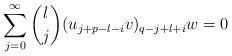
LaTeX: \begin{align*}\sum_{j=0}^{\infty}{l\choose j}(u_{j+p-l-i}v)_{q-j+l+i}w=0\end{align*}